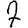
Digit: 7